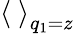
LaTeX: \left<\ \right>_{q_{1}=z}